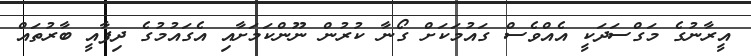
އީރާނުގެ މަގްސަދަކީ އެއްވެސް ގައުމަކަށް ގޯނާ ކުރުން ނޫންކަމަށާއި އެގައުމުގެ ދިފާއީ ބާރުތައް